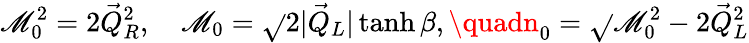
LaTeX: \mathscr{M}_{0}^{2}=2\vec{{Q}}_{R}^{2},\quad\mathscr{M}_{0}=\sqrt{}{{2}}|\vec{{Q}}_{L}|\operatorname{tanh}\beta,\quadn_{0}=\sqrt{}{{\mathscr{M}_{0}^{2}-2\vec{{Q}}_{L}^{2}}}